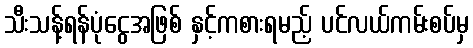
သီးသန့်ရန်ပုံငွေအဖြစ် နှင့်ကစားရမည့် ပင်လယ်ကမ်းစပ်မှ